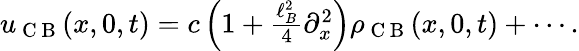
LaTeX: \begin{array}{r}{u_{\mathrm{~C~B~}}(x,0,t)=c\left(1+\frac{\ell_{B}^{2}}{4}\partial_{x}^{2}\right)\rho_{\mathrm{~C~B~}}(x,0,t)+\cdots.}\end{array}